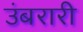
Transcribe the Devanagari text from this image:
उंबरारी